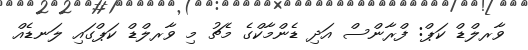
ވާރލްޑް ކަޕް: ފްރާންސް އަދި ޑެންމާކްގެ މެޗު މި ވާރލްޑް ކަޕްގައި ލަނޑެއް